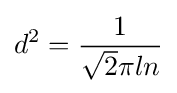
d^{2}={1 \over {\sqrt {2}}\pi ln}